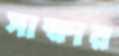
সাক্ষার